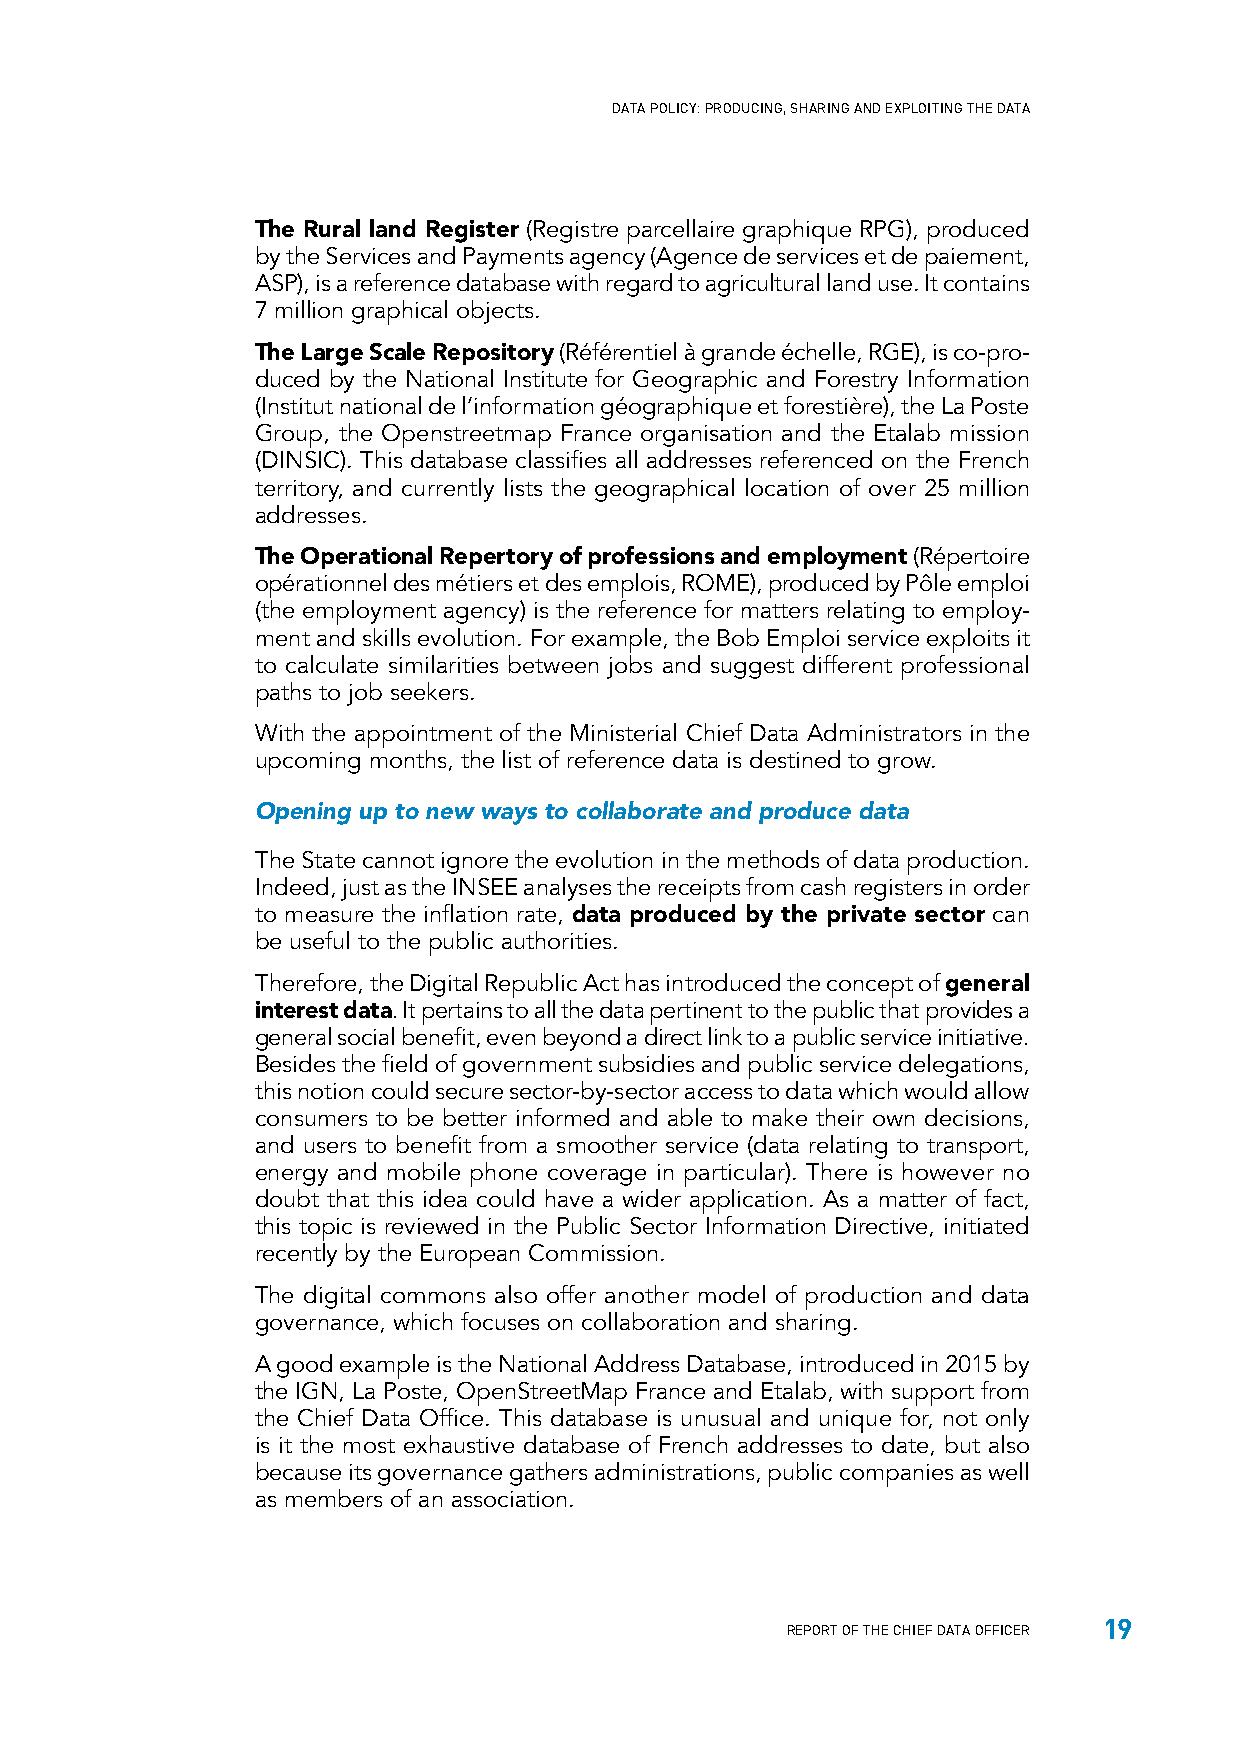
DATA POLICY: PRODUCING, SHARING AND EXPLOITING THE DATA
 The Rural land Register (Registre parcellaire graphique RPG), produced
 by the Services and Payments agency (Agence de services et de paiement,
 ASP), is a reference database with regard to agricultural land use. It contains
 7 million graphical objects.
 The Large Scale Repository (Référentiel à grande échelle, RGE), is co-pro-
 duced by the National Institute for Geographic and Forestry Information
 (Institut national de l’information géographique et forestière), the La Poste
 Group, the Openstreetmap France organisation and the Etalab mission
 (DINSIC). This database classifies all addresses referenced on the French
 territory, and currently lists the geographical location of over 25 million
 addresses.
 The Operational Repertory of professions and employment (Répertoire
 opérationnel des métiers et des emplois, ROME), produced by Pôle emploi
 (the employment agency) is the reference for matters relating to employ-
 ment and skills evolution. For example, the Bob Emploi service exploits it
 to calculate similarities between jobs and suggest different professional
 paths to job seekers.
 With the appointment of the Ministerial Chief Data Administrators in the
 upcoming months, the list of reference data is destined to grow.
 Opening up to new ways to collaborate and produce data
 The State cannot ignore the evolution in the methods of data production.
 Indeed, just as the INSEE analyses the receipts from cash registers in order
 to measure the inflation rate, data produced by the private sector can
 be useful to the public authorities.
 Therefore, the Digital Republic Act has introduced the concept of general
 interest data. It pertains to all the data pertinent to the public that provides a
 general social benefit, even beyond a direct link to a public service initiative.
 Besides the field of government subsidies and public service delegations,
 this notion could secure sector-by-sector access to data which would allow
 consumers to be better informed and able to make their own decisions,
 and users to benefit from a smoother service (data relating to transport,
 energy and mobile phone coverage in particular). There is however no
 doubt that this idea could have a wider application. As a matter of fact,
 this topic is reviewed in the Public Sector Information Directive, initiated
 recently by the European Commission.
 The digital commons also offer another model of production and data
 governance, which focuses on collaboration and sharing.
 A good example is the National Address Database, introduced in 2015 by
 the IGN, La Poste, OpenStreetMap France and Etalab, with support from
 the Chief Data Office. This database is unusual and unique for, not only
 is it the most exhaustive database of French addresses to date, but also
 because its governance gathers administrations, public companies as well
 as members of an association.
 19
 REPORT OF THE CHIEF DATA OFFICER